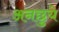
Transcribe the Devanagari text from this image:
अनछुये